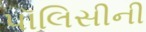
પૉલિસીની